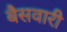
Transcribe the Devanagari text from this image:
बैसवारी